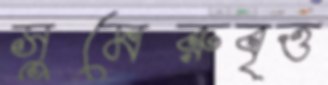
সুমেরুবৃত্ত